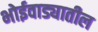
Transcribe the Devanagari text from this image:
भोईवाड्यातील